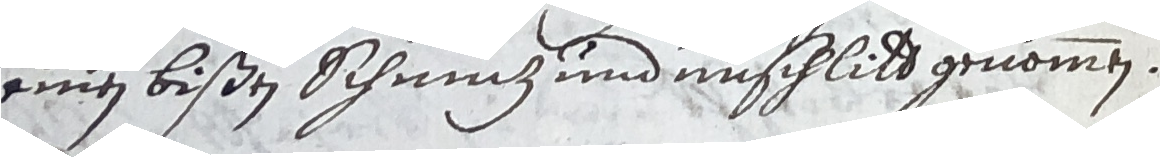
einen bißen schmiz und unschlitt genommen.